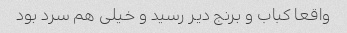
واقعا کباب و برنج دیر رسید و خیلی هم سرد بود